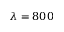
\lambda = 8 0 0